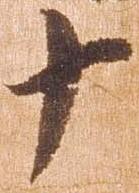
十